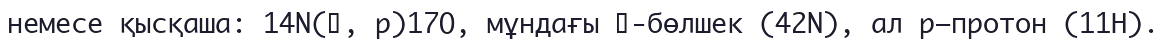
немесе қысқаша: 14N(α, р)17О, мұндағы α-бөлшек (42N), ал р–протон (11Н).